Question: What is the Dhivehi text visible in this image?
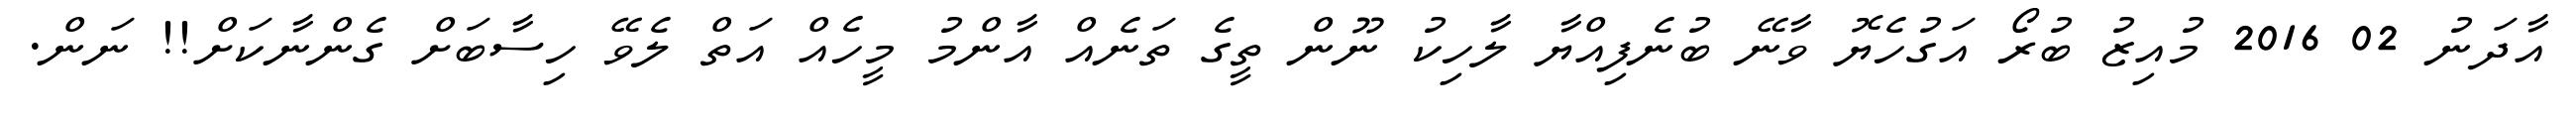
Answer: އާދަނު 02 2016 މުއިޒު ބުރޯ އަގުހެޔޮ ވާނޭ ބުނެފިއްޔާ ލާހިކު ނޫން ތީގެ ތަނެއް އާންމު މީހެއް އަތް ލެވޭ ހިސާބަށް ގެންނާކަށް!! ނަން.